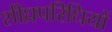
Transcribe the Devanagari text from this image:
शीघ्रपरिधियों